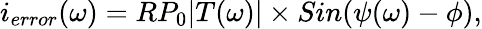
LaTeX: i_{error}(\omega)=RP_{0}|T(\omega)|\times Sin(\psi(\omega)-\phi),